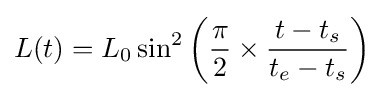
L(t)=L_{0}\sin ^{2}\left({\frac {\pi }{2}}\times {\frac {t-t_{s}}{t_{e}-t_{s}}}\right)